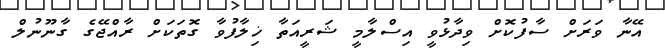
އޭނާ ވަރަށް ސާފުކޮށް ވިދާޅުވީ އިސްލާމީ ޝަރީއަތާ ޚިލާފުވާ ގޮތަކަށް ރާއްޖޭގެ ގާނޫނުލް